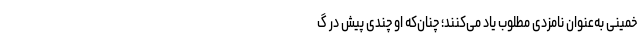
خمینی به‌عنوان نامزدی مطلوب یاد می‌کنند؛ چنان‌که او چندی پیش در گ